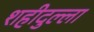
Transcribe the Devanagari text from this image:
शहीदुल्ला